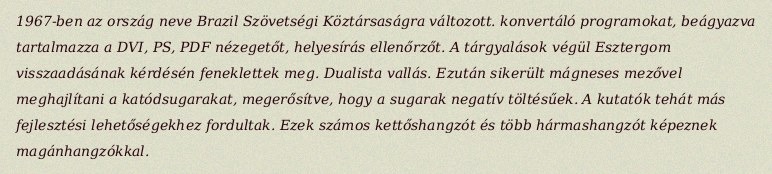
1967-ben az ország neve Brazil Szövetségi Köztársaságra változott. konvertáló programokat, beágyazva tartalmazza a DVI, PS, PDF nézegetőt, helyesírás ellenőrzőt. A tárgyalások végül Esztergom visszaadásának kérdésén feneklettek meg. Dualista vallás. Ezután sikerült mágneses mezővel meghajlítani a katódsugarakat, megerősítve, hogy a sugarak negatív töltésűek. A kutatók tehát más fejlesztési lehetőségekhez fordultak. Ezek számos kettőshangzót és több hármashangzót képeznek magánhangzókkal.